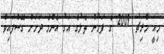
މިއީ މާރިޗު 2009 ގެ ފަހުން ތެލުގެ އަގު އެންމެ ދަށަށް ގޮސްފައިވާ